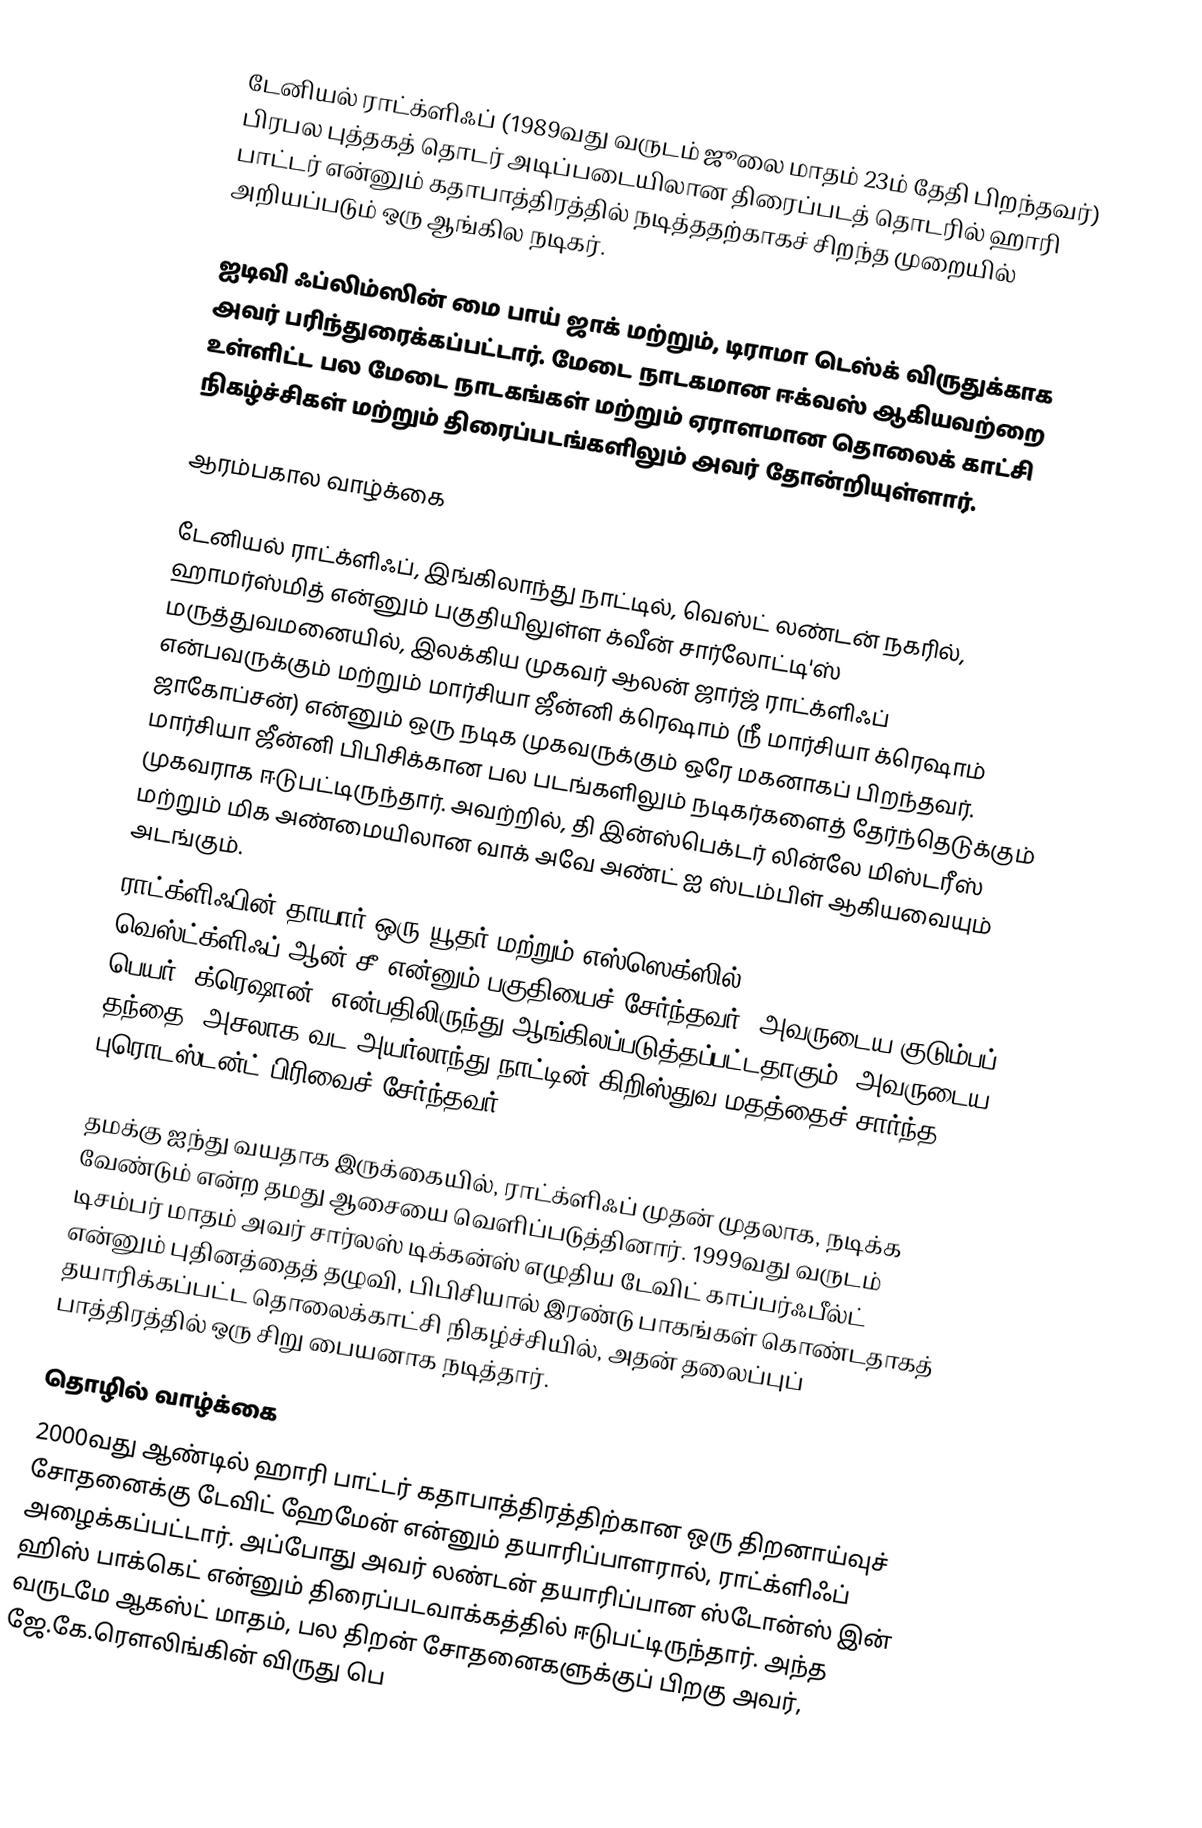
டேனியல் ராட்க்ளிஃப்  (1989வது வருடம் ஜூலை மாதம் 23ம் தேதி பிறந்தவர்) பிரபல புத்தகத் தொடர் அடிப்படையிலான திரைப்படத் தொடரில் ஹாரி பாட்டர் என்னும் கதாபாத்திரத்தில் நடித்ததற்காகச் சிறந்த முறையில் அறியப்படும் ஒரு ஆங்கில நடிகர்.

ஐடிவி ஃப்லிம்ஸின் மை பாய் ஜாக் மற்றும், டிராமா டெஸ்க் விருதுக்காக அவர் பரிந்துரைக்கப்பட்டார். மேடை நாடகமான ஈக்வஸ் ஆகியவற்றை உள்ளிட்ட பல மேடை நாடகங்கள் மற்றும் ஏராளமான தொலைக் காட்சி நிகழ்ச்சிகள் மற்றும் திரைப்படங்களிலும் அவர் தோன்றியுள்ளார்.

ஆரம்பகால வாழ்க்கை

டேனியல் ராட்க்ளிஃப், இங்கிலாந்து நாட்டில், வெஸ்ட் லண்டன் நகரில், ஹாமர்ஸ்மித் என்னும் பகுதியிலுள்ள க்வீன் சார்லோட்டி'ஸ் மருத்துவமனையில், இலக்கிய முகவர் ஆலன் ஜார்ஜ் ராட்க்ளிஃப் என்பவருக்கும் மற்றும் மார்சியா ஜீன்னி க்ரெஷாம் (நீ மார்சியா க்ரெஷாம் ஜாகோப்சன்) என்னும் ஒரு நடிக முகவருக்கும் ஒரே மகனாகப் பிறந்தவர். மார்சியா ஜீன்னி பிபிசிக்கான பல படங்களிலும் நடிகர்களைத் தேர்ந்தெடுக்கும் முகவராக ஈடுபட்டிருந்தார். அவற்றில், தி இன்ஸ்பெக்டர் லின்லே மிஸ்டரீஸ் மற்றும் மிக அண்மையிலான வாக் அவே அண்ட் ஐ ஸ்டம்பிள் ஆகியவையும் அடங்கும்.
ராட்க்ளிஃபின் தாயார் ஒரு யூதர் மற்றும் எஸ்ஸெக்ஸில் வெஸ்ட்க்ளிஃப்-ஆன்-சீ என்னும் பகுதியைச் சேர்ந்தவர் (அவருடைய குடும்பப் பெயர் "க்ரெஷான்" என்பதிலிருந்து ஆங்கிலப்படுத்தப்பட்டதாகும்; அவருடைய தந்தை, அசலாக வட அயர்லாந்து நாட்டின் கிறிஸ்துவ மதத்தைச் சார்ந்த புரொடஸ்டன்ட் பிரிவைச் சேர்ந்தவர்.

தமக்கு ஐந்து வயதாக இருக்கையில், ராட்க்ளிஃப் முதன் முதலாக, நடிக்க வேண்டும் என்ற தமது ஆசையை வெளிப்படுத்தினார். 1999வது வருடம் டிசம்பர் மாதம் அவர் சார்லஸ் டிக்கன்ஸ் எழுதிய டேவிட் காப்பர்ஃபீல்ட் என்னும் புதினத்தைத் தழுவி, பிபிசியால் இரண்டு பாகங்கள் கொண்டதாகத் தயாரிக்கப்பட்ட தொலைக்காட்சி நிகழ்ச்சியில், அதன் தலைப்புப் பாத்திரத்தில் ஒரு சிறு பையனாக நடித்தார்.

தொழில் வாழ்க்கை
2000வது ஆண்டில் ஹாரி பாட்டர் கதாபாத்திரத்திற்கான ஒரு திறனாய்வுச் சோதனைக்கு டேவிட் ஹேமேன் என்னும் தயாரிப்பாளரால், ராட்க்ளிஃப் அழைக்கப்பட்டார். அப்போது அவர் லண்டன் தயாரிப்பான ஸ்டோன்ஸ் இன் ஹிஸ் பாக்கெட் என்னும் திரைப்படவாக்கத்தில் ஈடுபட்டிருந்தார். அந்த வருடமே ஆகஸ்ட் மாதம், பல திறன் சோதனைகளுக்குப் பிறகு அவர், ஜே.கே.ரௌலிங்கின் விருது பெ